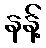
နန့်